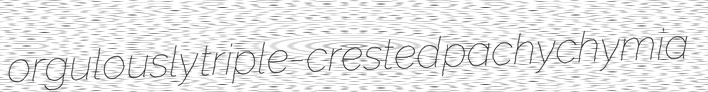
orgulously triple-crested pachychymia